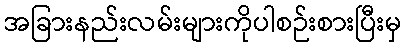
အခြားနည်းလမ်းများကိုပါစဉ်းစားပြီးမှ